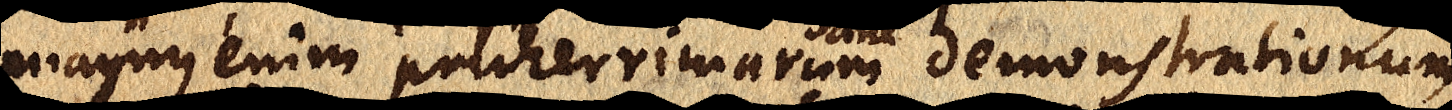
magnus enim pulcherrimarum demonstrationum